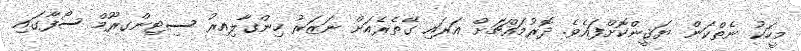
މީހަކު ނެތްކަން ޔަޤީންކޮށްފައެވެ. ދޮރުމައްޗަށް އަރައި ގޭތެރެއަށް ނަޒަރު ހިންގާލިއިރު ސިޓިންގރޫމް ސޯފާގައި